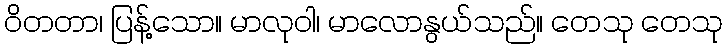
ဝိတတာ၊ ပြန့်သော။ မာလုဝါ၊ မာလောနွယ်သည်။ တေသု တေသု